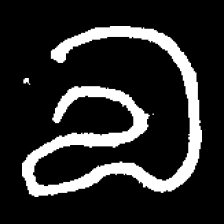
Pyu character \u2014 Myanmar letter: လ (romanized: la)